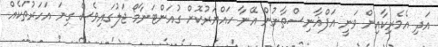
އަދި އެމެރިކާއިން ވަނީ އަފްޣާނިސްތާނުން އޭނާ ހައްޔަރުކޮށް ގުއަންޓަނާމޯ ޖަލުގައިވެސް ގިނަ އަހަރުތަކެއް